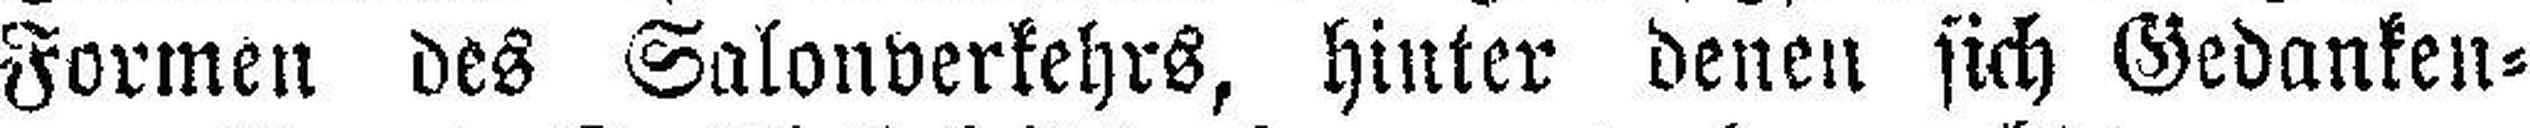
Formen des Salonverkehrs, hinter denen sich Gedanken¬